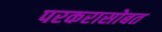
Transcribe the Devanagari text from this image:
परकरासोबत